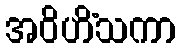
အဝိဟိံသကာ